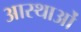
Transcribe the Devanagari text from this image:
आस्‍थाओं